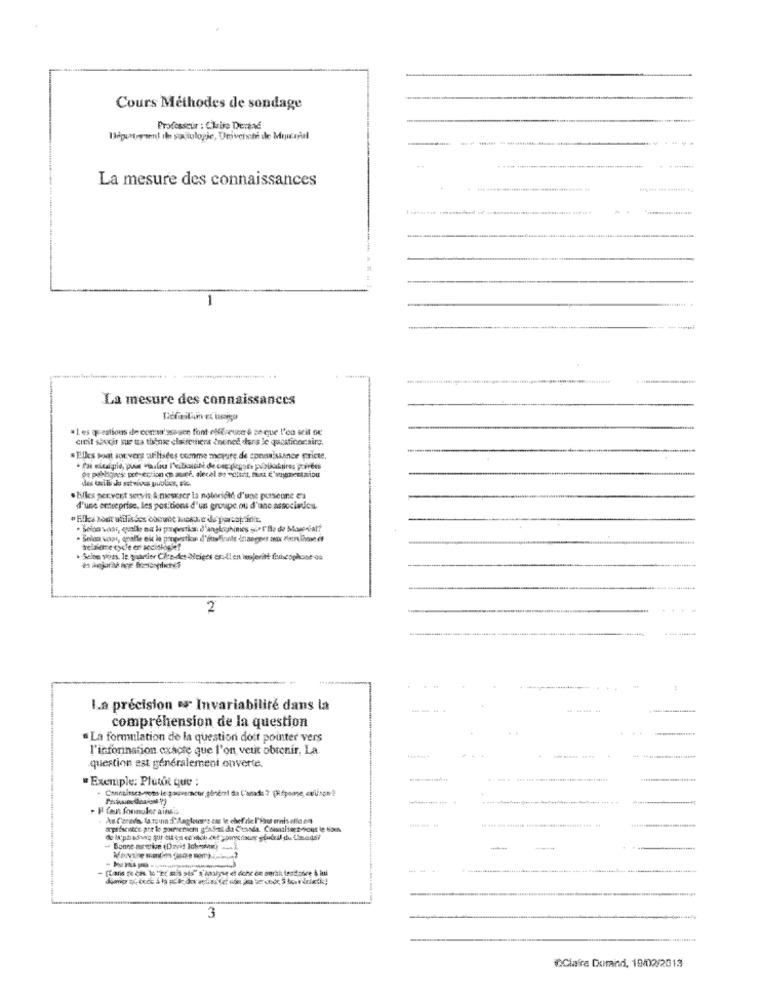
Cours Méthodes de sondage
Professeur : Chire Derend
Bépuntosent (hn sociologie, Driventé de Moutonal
La mesure des connaissances
-
La mesure des connaissances
* 1. es questions ile com'ssauce font offreune è ze que l'on seit oe
cinit soucis sur ta thense clairethen noned ders le quostinocaire.
Elles sont souvent utilisées comme morare de sonax;since poricte,
de poblgoes pré-section ça aré. alecal so volitt, fort É migrentmiou
. Elles pervent servis & mesurer la notoriété d'une personne es
d'une entreprise, les positions d'un groupe. ou d'une association.
trelsieve cycle en sociologie?
. Selon pons, le quartier Cito-des Neiges es-El en insjeritt fiheophone on
2
...
La précision er Invariabilité dans la
---
----
compréhension de la question
· La formulation de la question doit pointer vers
l'information exacte que l'on veut obtenir, La.
--
-----
question est généralement ouverte.
Exemple: Platit que ;
H faut fonnuler ainsa
Bonne mowive (David lohonom) -. Z.
-
3
OGlafra Dumind, 19/02/2013